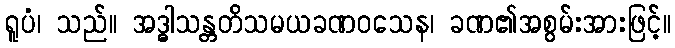
ရူပံ၊ သည်။ အဒ္ဓါသန္တတိသမယခဏဝသေန၊ ခဏ၏အစွမ်းအားဖြင့်။